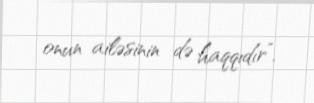
onun ailəsinin də haqqıdır”.